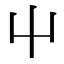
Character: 屮